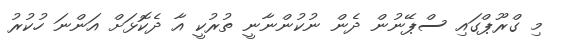
މި ގްރޫޕްގައި ސްޕޭނުން ދެން ނުކުންނާނީ ތުރުކީ އާ ދެކޮޅަށް އަންނަ ހުކުރު